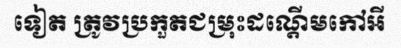
ទៀត ត្រូវប្រកួតជម្រុះដណ្តើមកៅអី